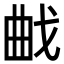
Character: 𭨜